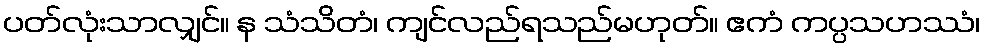
ပတ်လုံးသာလျှင်။ န သံသိတံ၊ ကျင်လည်ရသည်မဟုတ်။ ဧကံ ကပ္ပသဟဿံ၊